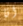
انا